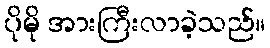
ပိုမို အားကြီးလာခဲ့သည်။